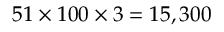
5 1 \times 1 0 0 \times 3 = 1 5 , 3 0 0